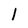
Character: l